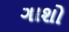
ગાશો